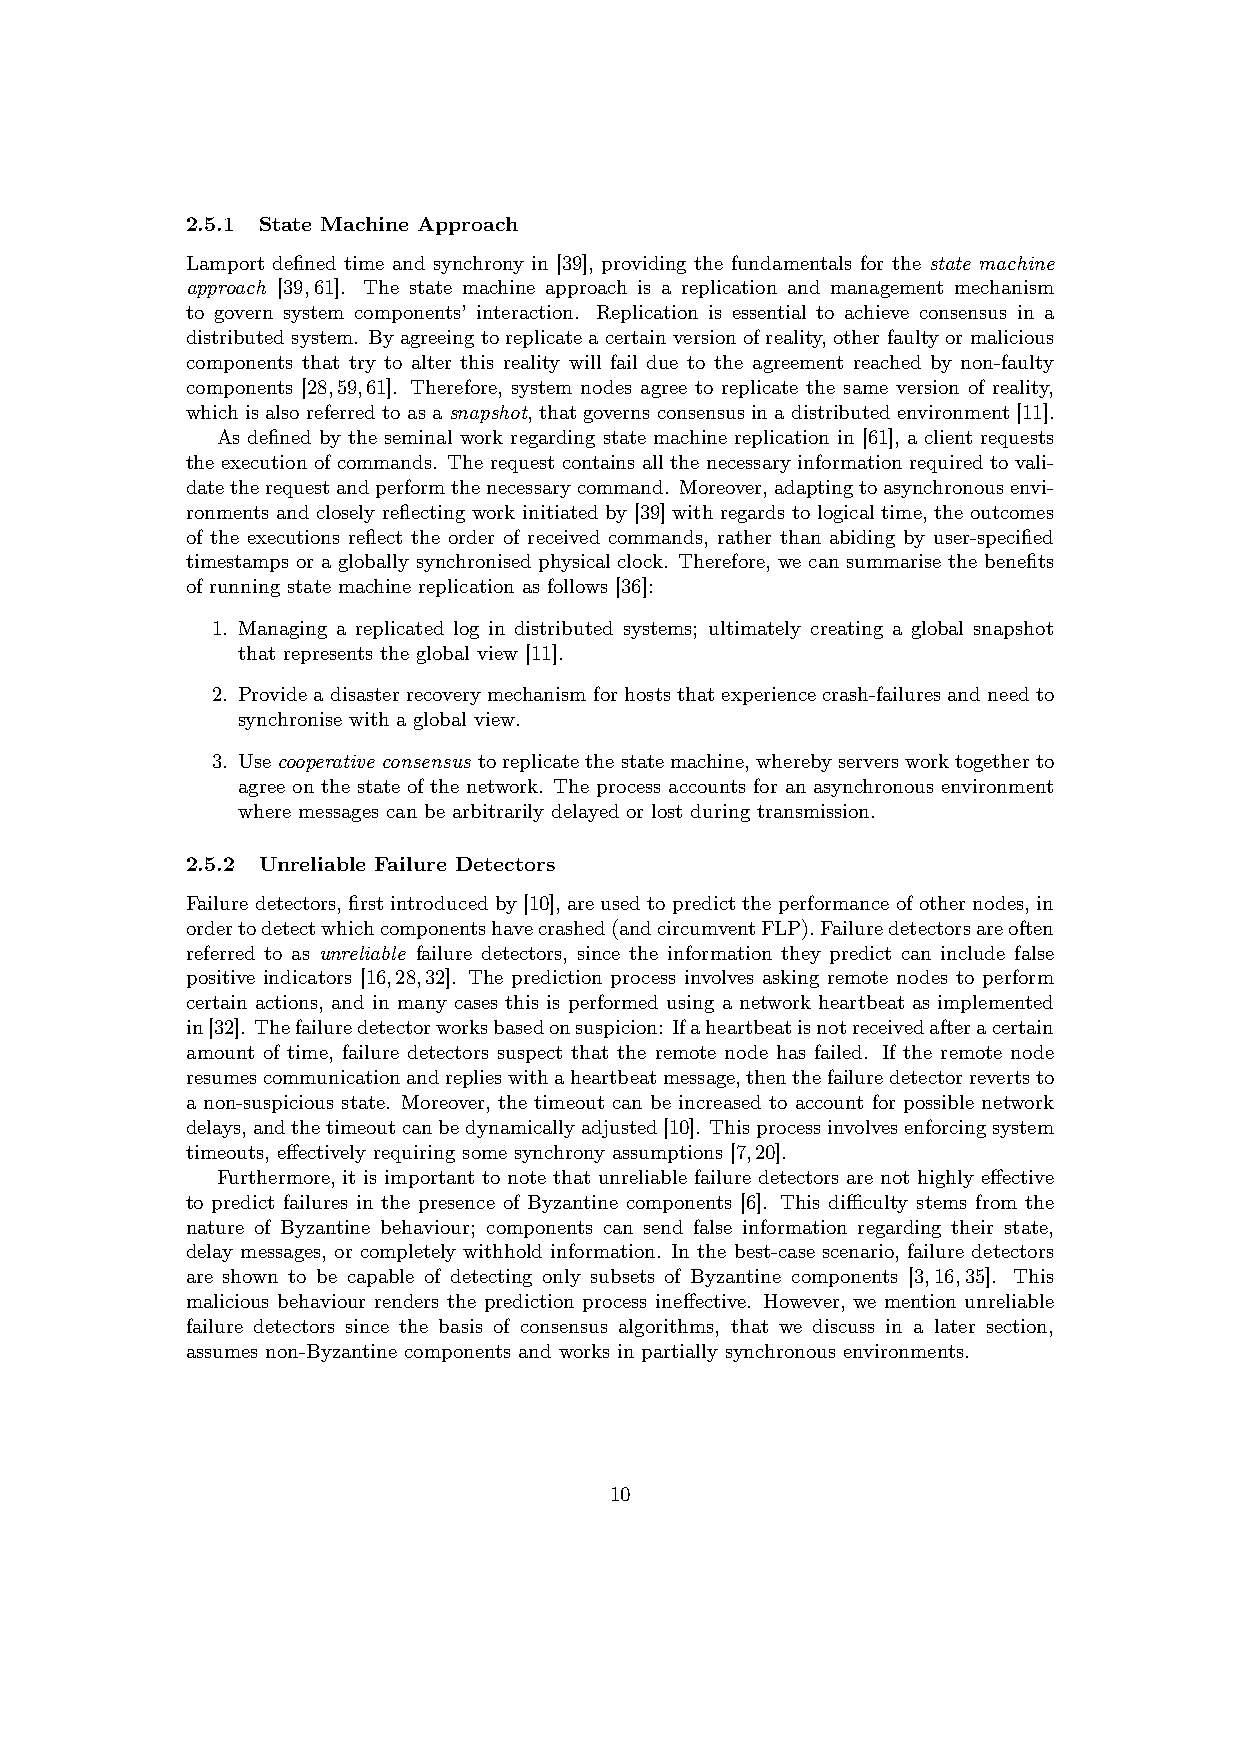
2.5.1 State Machine Approach
 Lamport defined time and synchrony in [39], providing the fundamentals for the state machine
 approach [39,61]. The state machine approach is a replication and management mechanism
 to govern system components’ interaction. Replication is essential to achieve consensus in a
 distributedsystem. Byagreeingtoreplicateacertainversionofreality,otherfaultyormalicious
 components that try to alter this reality will fail due to the agreement reached by non-faulty
 components [28,59,61]. Therefore, system nodes agree to replicate the same version of reality,
 which is also referred to as a snapshot, that governs consensus in a distributed environment [11].
 As defined by the seminal work regarding state machine replication in [61], a client requests
 the execution of commands. The request contains all the necessary information required to vali-
 datetherequestandperformthenecessarycommand. Moreover,adaptingtoasynchronousenvi-
 ronments and closely reflecting work initiated by [39] with regards to logical time, the outcomes
 of the executions reflect the order of received commands, rather than abiding by user-specified
 timestamps or a globally synchronised physical clock. Therefore, we can summarise the benefits
 of running state machine replication as follows [36]:
 1. Managing a replicated log in distributed systems; ultimately creating a global snapshot
 that represents the global view [11].
 2. Provide a disasterrecoverymechanism for hosts that experience crash-failures and needto
 synchronise with a global view.
 3. Usecooperative consensus toreplicatethestatemachine,wherebyserversworktogetherto
 agree on the state of the network. The process accounts for an asynchronous environment
 where messages can be arbitrarily delayed or lost during transmission.
 2.5.2 Unreliable Failure Detectors
 Failure detectors, first introduced by [10], are used to predict the performance of other nodes, in
 ordertodetectwhichcomponentshavecrashed(andcircumventFLP).Failuredetectorsareoften
 referred to as unreliable failure detectors, since the information they predict can include false
 positive indicators [16,28,32]. The prediction process involves asking remote nodes to perform
 certain actions, and in many cases this is performed using a network heartbeat as implemented
 in[32]. Thefailuredetectorworksbasedonsuspicion: Ifaheartbeatisnotreceivedafteracertain
 amount of time, failure detectors suspect that the remote node has failed. If the remote node
 resumescommunicationandreplieswithaheartbeatmessage,thenthefailuredetectorrevertsto
 a non-suspicious state. Moreover, the timeout can be increased to account for possible network
 delays,andthetimeoutcanbedynamicallyadjusted[10]. Thisprocessinvolvesenforcingsystem
 timeouts, effectively requiring some synchrony assumptions [7,20].
 Furthermore, it is important to note that unreliable failure detectors are not highly effective
 to predict failures in the presence of Byzantine components [6]. This difficulty stems from the
 nature of Byzantine behaviour; components can send false information regarding their state,
 delay messages, or completely withhold information. In the best-case scenario, failure detectors
 are shown to be capable of detecting only subsets of Byzantine components [3,16,35]. This
 malicious behaviour renders the prediction process ineffective. However, we mention unreliable
 failure detectors since the basis of consensus algorithms, that we discuss in a later section,
 assumes non-Byzantine components and works in partially synchronous environments.
 10